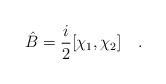
LaTeX: \begin{align*}\hat B = {i\over2}[\chi_1,\chi_2] \quad .\end{align*}